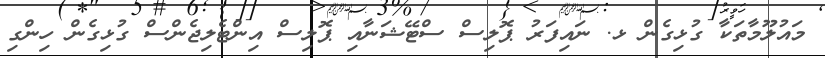
މައުލޫމާތަކާ ގުޅިގެން ޅ. ނައިފަރު ޕޮލިސް ސްޓޭޝަނާއި ޕޮލިސް އިންޓެލިޖެންސް ގުޅިގެން ހިންގި